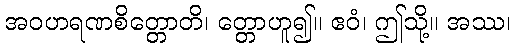
အဝဟရဏစိတ္တောတိ၊ တ္တောဟူ၍။ ဧဝံ၊ ဤသို့။ အဿ၊